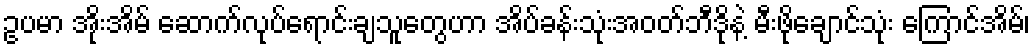
ဥပမာ အိုးအိမ် ဆောက်လုပ်ရောင်းချသူတွေဟာ အိပ်ခန်းသုံးအဝတ်ဘီဒိုနဲ့ မီးဖိုချောင်သုံး ကြောင်အိမ်၊